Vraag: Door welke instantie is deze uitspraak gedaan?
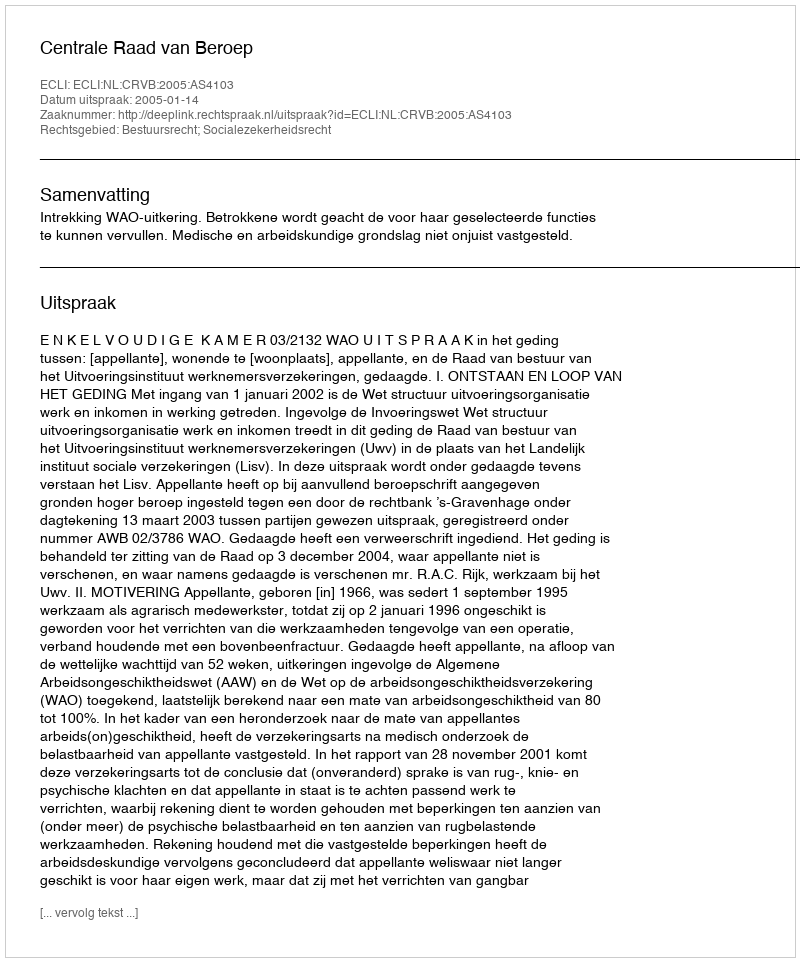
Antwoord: Centrale Raad van Beroep